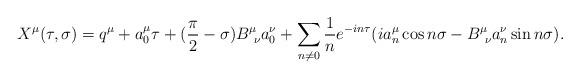
LaTeX: \begin{align*} X^\mu (\tau ,\sigma ) = q^\mu + a_0^\mu \tau + (\frac{\pi }{2}-\sigma )B^\mu _{\ \nu }a_0^\nu + \sum _{n\neq 0}\frac{1}{n}e^{-in\tau }(ia_n^\mu \cos n\sigma - B^\mu _{\ \nu }a_n^\nu \sin n\sigma ).\end{align*}